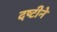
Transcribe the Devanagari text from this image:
दष्टीने